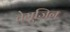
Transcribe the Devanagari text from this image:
तेमूजिन